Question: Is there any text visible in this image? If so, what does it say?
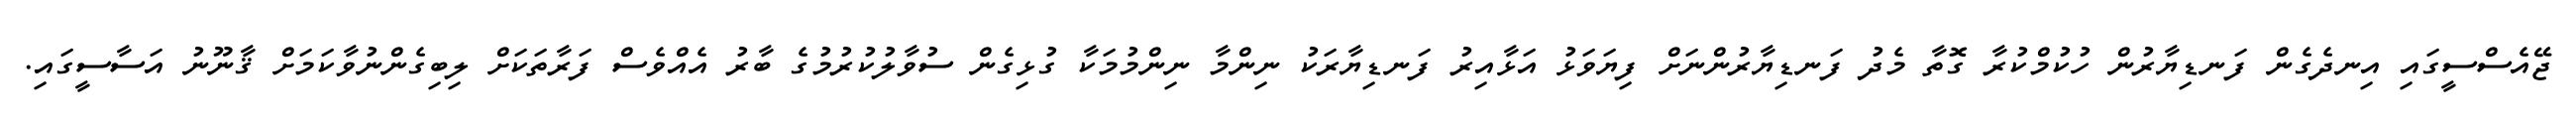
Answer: ޖޭއެސްސީގައި އިނދެގެން ފަނޑިޔާރުން ހުކުމްކުރާ ގޮތާ މެދު ފަނޑިޔާރުންނަށް ފިޔަވަޅު އަޅާއިރު ފަނޑިޔާރަކު ނިންމާ ނިންމުމަކާ ގުޅިގެން ސުވާލުކުރުމުގެ ބާރު އެއްވެސް ފަރާތަކަށް ލިބިގެންނުވާކަމަށް ޤާނޫނު އަސާސީގައި.